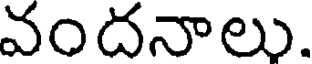
వందనాలు.